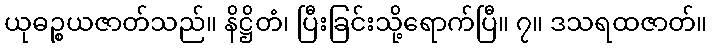
ယုဓဉ္စယဇာတ်သည်။ နိဋ္ဌိတံ၊ ပြီးခြင်းသို့ရောက်ပြီ။ ၇။ ဒသရထဇာတ်။